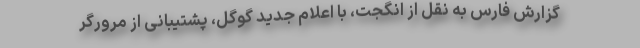
گزارش فارس به نقل از انگجت، با اعلام جدید گوگل، پشتیبانی از مرورگر